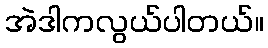
အဲဒါကလွယ်ပါတယ်။